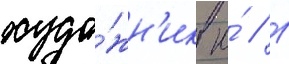
худо́жн'ик ю́ // Г